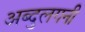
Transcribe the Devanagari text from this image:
अब्दुलगनी